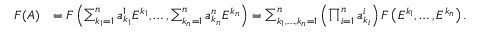
{ \begin{array} { r l } { F ( A ) } & { = F \left( \sum _ { k _ { 1 } = 1 } ^ { n } a _ { k _ { 1 } } ^ { 1 } E ^ { k _ { 1 } } , \dots , \sum _ { k _ { n } = 1 } ^ { n } a _ { k _ { n } } ^ { n } E ^ { k _ { n } } \right) = \sum _ { k _ { 1 } , \dots , k _ { n } = 1 } ^ { n } \left( \prod _ { i = 1 } ^ { n } a _ { k _ { i } } ^ { i } \right) F \left( E ^ { k _ { 1 } } , \dots , E ^ { k _ { n } } \right) . } \end{array} }